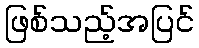
ဖြစ်သည့်အပြင်